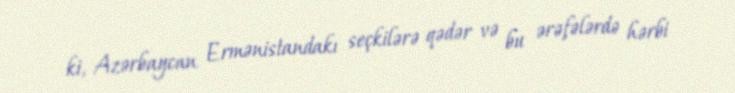
ki, Azərbaycan Ermənistandakı seçkilərə qədər və bu ərəfələrdə hərbi